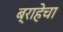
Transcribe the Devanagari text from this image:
ब्राहेचा